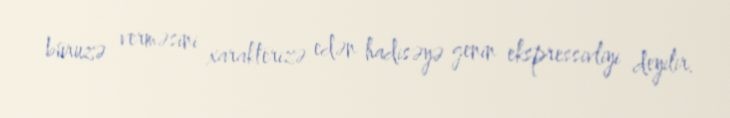
büruzə verməsini xarakterizə edən hadisəyə genin ekspressivliyi deyilir.